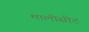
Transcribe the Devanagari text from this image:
मालीसीट